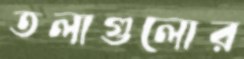
তলাগুলোর